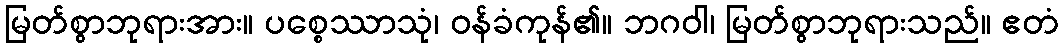
မြတ်စွာဘုရားအား။ ပစ္စေဿာသုံ၊ ဝန်ခံကုန်၏။ ဘဂဝါ၊ မြတ်စွာဘုရားသည်။ ဧတံ